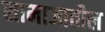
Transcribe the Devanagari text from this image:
सामाजातील